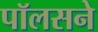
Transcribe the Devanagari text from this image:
पॉलसने